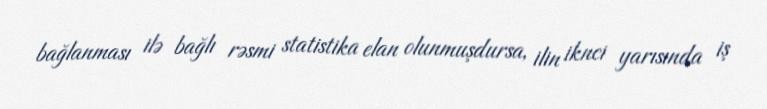
bağlanması ilə bağlı rəsmi statistika elan olunmuşdursa, ilin iknci yarısında iş